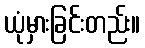
ယုံမှားခြင်းတည်း။